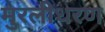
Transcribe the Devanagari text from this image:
मुरलीधरण